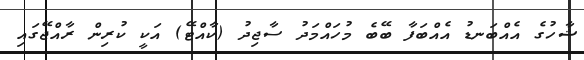
ޝާހުގެ އެއްބަނޑު އެއްބަފާ ބޭބެ މުހައްމަދު ސާޖިދު (ކާއްޓޭ) އަކީ ކުރިން ރާއްޖޭގައި